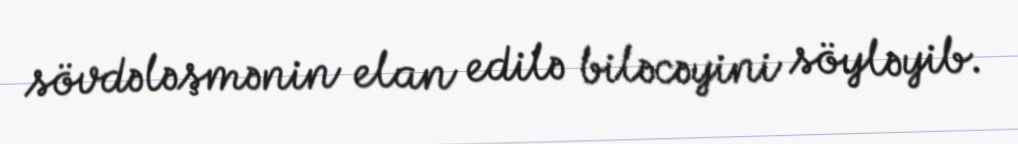
sövdələşmənin elan edilə biləcəyini söyləyib.